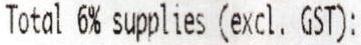
TOTAL 6% SUPPLIES (EXCL. GST):